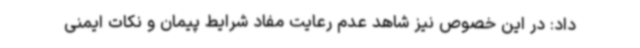
داد: در این خصوص نیز شاهد عدم رعایت مفاد شرایط پیمان و نکات ایمنی